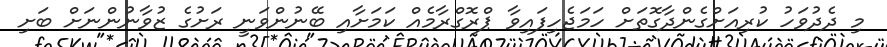
މި ދެދުވަހު ކުރިއަށްގެންދާގޮތަށް ހަމަޖެހިފައިވާ ޕްރޮގްރާމެއް ކަމަށާއި ބޭނުންވަނީ ރަށުގެ ޒުވާނުންނަށް ބަށި